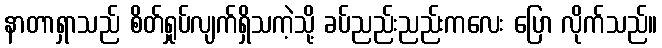
နာတာရှာသည် စိတ်ရှုပ်လျက်ရှိသကဲ့သို့ ခပ်ညည်းညည်းကလေး ပြော လိုက်သည်။